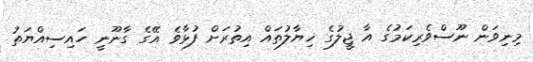
މިނިވަން ނޫސްވެރިކަމުގެ އާ ޖީލުގެ ޚިޔާލުތައް އިތުރަށް ފުޅާވެ އޭގެ ގާނޫނީ ހައިސިއްޔަތު